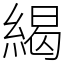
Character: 䋵